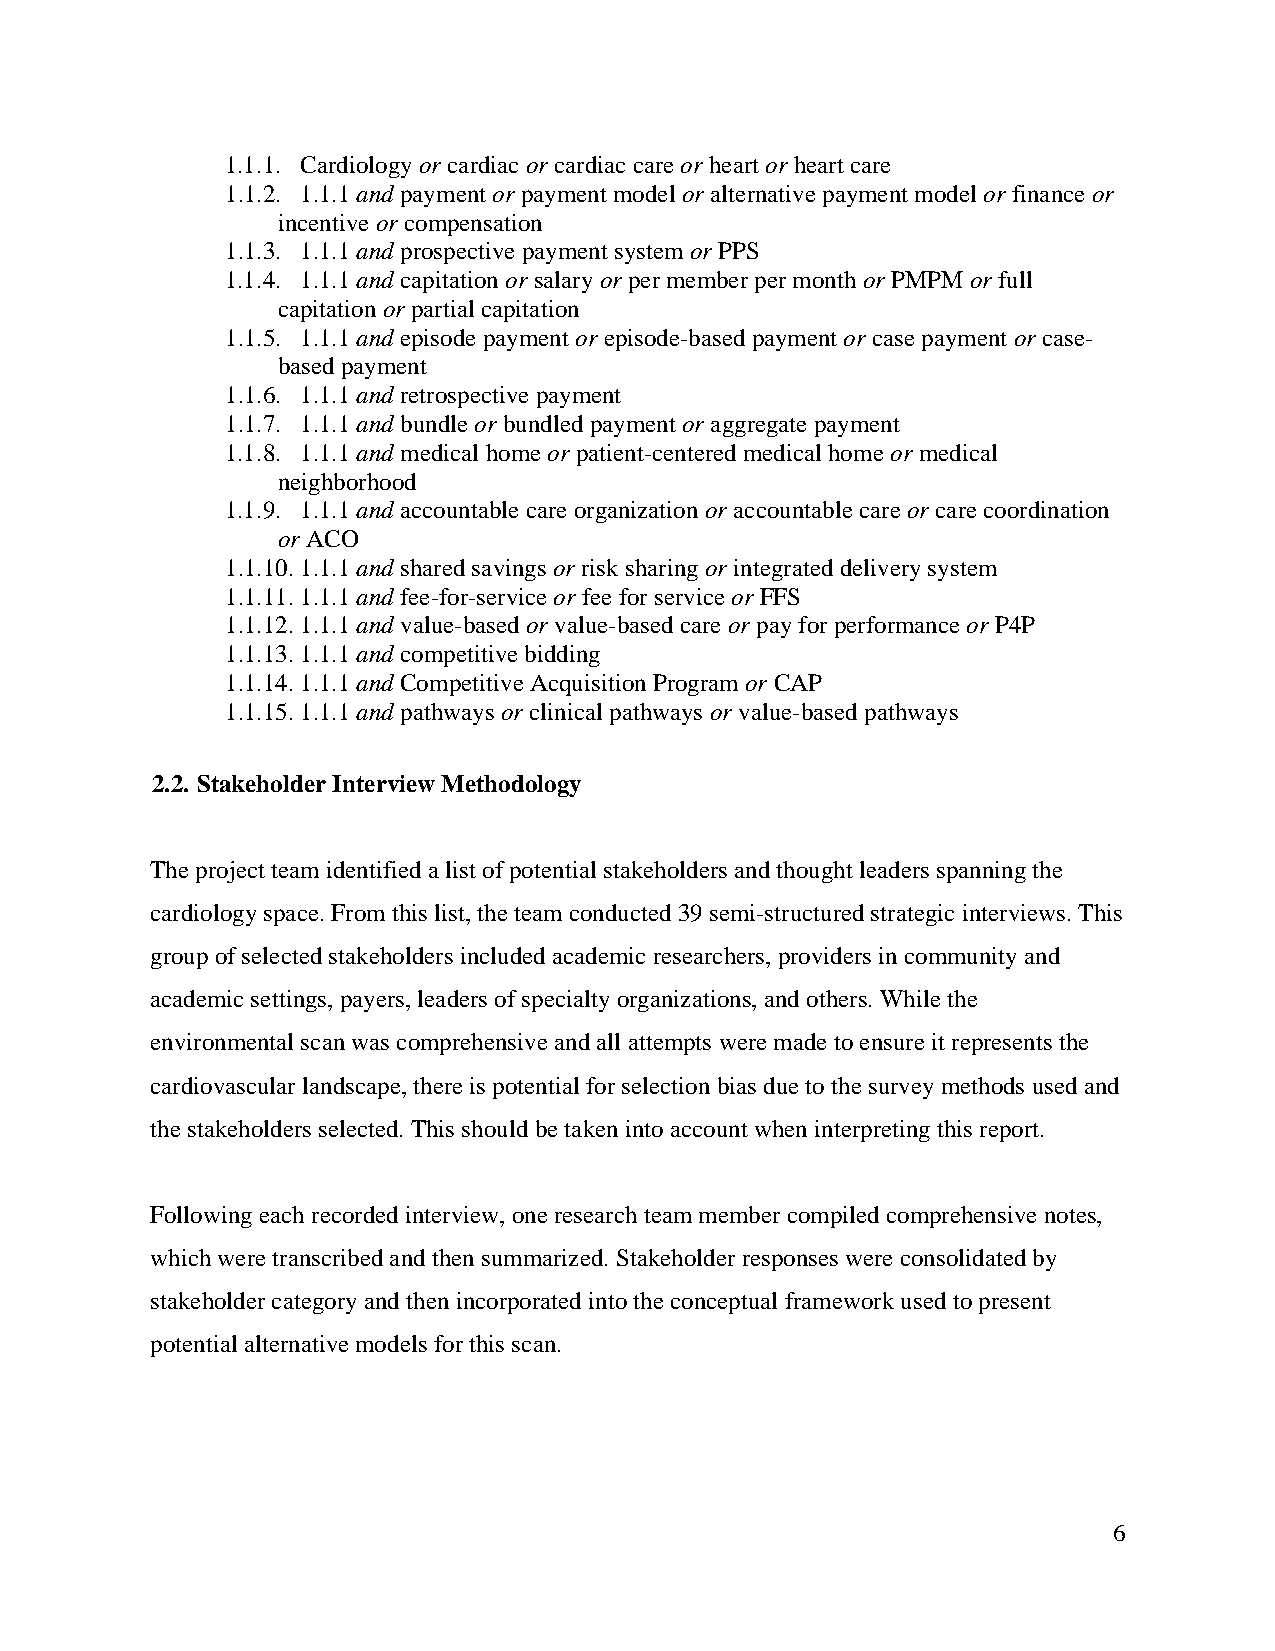
1.1.1. Cardiology or cardiac or cardiac care or heart or heart care
 1.1.2. 1.1.1 and payment or payment model or alternative payment model or finance or
 incentive or compensation
 1.1.3. 1.1.1 and prospective payment system or PPS
 1.1.4. 1.1.1 and capitation or salary or per member per month or PMPM or full
 capitation or partial capitation
 1.1.5. 1.1.1 and episode payment or episode-based payment or case payment or case-
 based payment
 1.1.6. 1.1.1 and retrospective payment
 1.1.7. 1.1.1 and bundle or bundled payment or aggregate payment
 1.1.8. 1.1.1 and medical home or patient-centered medical home or medical
 neighborhood
 1.1.9. 1.1.1 and accountable care organization or accountable care or care coordination
 or ACO
 1.1.10. 1.1.1 and shared savings or risk sharing or integrated delivery system
 1.1.11. 1.1.1 and fee-for-service or fee for service or FFS
 1.1.12. 1.1.1 and value-based or value-based care or pay for performance or P4P
 1.1.13. 1.1.1 and competitive bidding
 1.1.14. 1.1.1 and Competitive Acquisition Program or CAP
 1.1.15. 1.1.1 and pathways or clinical pathways or value-based pathways
 2.2. Stakeholder Interview Methodology
 The project team identified a list of potential stakeholders and thought leaders spanning the
 cardiology space. From this list, the team conducted 39 semi-structured strategic interviews. This
 group of selected stakeholders included academic researchers, providers in community and
 academic settings, payers, leaders of specialty organizations, and others. While the
 environmental scan was comprehensive and all attempts were made to ensure it represents the
 cardiovascular landscape, there is potential for selection bias due to the survey methods used and
 the stakeholders selected. This should be taken into account when interpreting this report.
 Following each recorded interview, one research team member compiled comprehensive notes,
 which were transcribed and then summarized. Stakeholder responses were consolidated by
 stakeholder category and then incorporated into the conceptual framework used to present
 potential alternative models for this scan.
 6